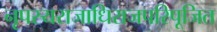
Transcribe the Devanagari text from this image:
नृपस्यराजाधिराजपरिपूजित